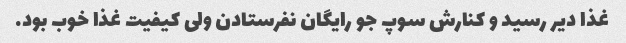
غذا دیر رسید و کنارش سوپ جو رایگان نفرستادن ولی کیفیت غذا خوب بود.